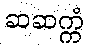
ဆဆက္ကံ